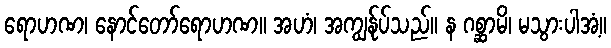
ရောဟဏ၊ နောင်တော်ရောဟဏ။ အဟံ၊ အကျွန်ုပ်သည်။ န ဂစ္ဆာမိ၊ မသွားပါအံ့။